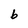
Character: b